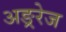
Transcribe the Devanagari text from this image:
अङ्ररेज